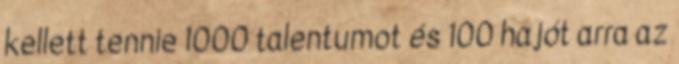
kellett tennie 1000 talentumot és 100 hajót arra az